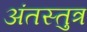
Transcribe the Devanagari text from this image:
अंतस्तुत्र